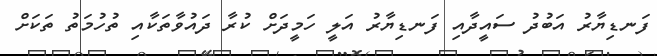
ފަނޑިޔާރު އަބުދު ސައީދާއި ފަނޑިޔާރު އަލީ ހަމީދަށް ކުރާ ދައުވާތަކާއި ތުހުމަތު ތަކަށް